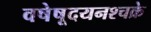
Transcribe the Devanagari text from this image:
वषेषूदयनश्चक्रे